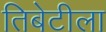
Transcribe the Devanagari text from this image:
तिबेटीला